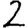
Digit: 2